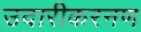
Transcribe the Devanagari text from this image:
उदारीकरनण